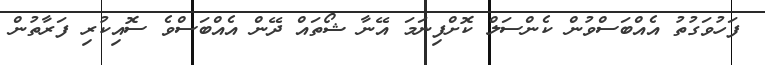
ފަހުވަގުތު އެއްބަސްވުން ކެންސަލް ކޮށްފިނަމަ އޭނާ ޝޯތައް ދޭން އެއްބަސްވެ ސޮއިކުރި ފަރާތުން